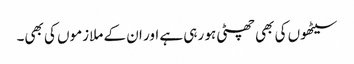
سیٹھوں کی بھی چھٹی ہو رہی ہے اور ان کے ملازموں کی بھی۔